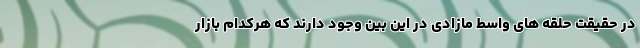
در حقیقت حلقه های واسط مازادی در این بین وجود دارند که هرکدام بازار